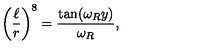
\left( \frac { \ell } { r } \right) ^ { 8 } = { \frac { \tan ( \omega _ { R } y ) } { \omega _ { R } } } ,